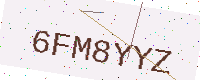
Text: 6FM8YYZ